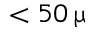
< 5 0 \, \upmu